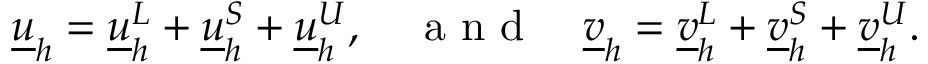
\begin{array} { r } { \underline { { u } } _ { h } = \underline { { u } } _ { h } ^ { L } + \underline { { u } } _ { h } ^ { S } + \underline { { u } } _ { h } ^ { U } , \quad \textrm { a n d } \quad \underline { { v } } _ { h } = \underline { { v } } _ { h } ^ { L } + \underline { { v } } _ { h } ^ { S } + \underline { { v } } _ { h } ^ { U } . } \end{array}